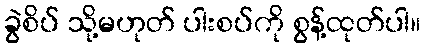
ခွဲစိပ် သို့မဟုတ် ပါးစပ်ကို စွန့်ထုတ်ပါ။